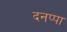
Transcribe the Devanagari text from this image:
दनप्पा